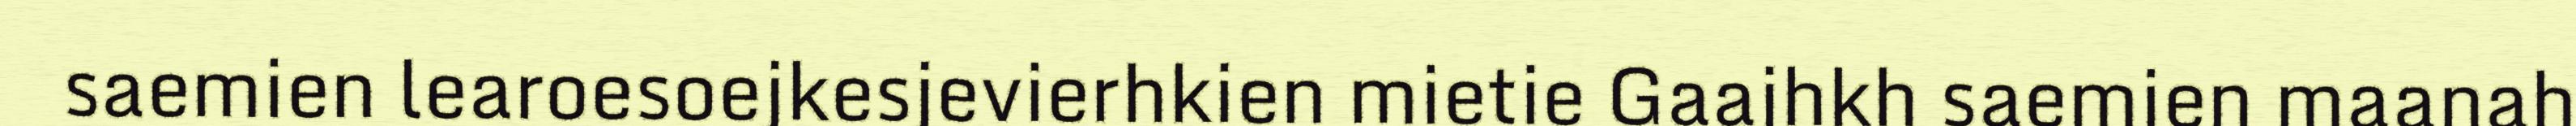
saemien learoesoejkesjevierhkien mietie Gaajhkh saemien maanah